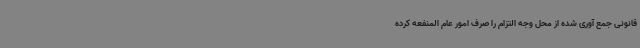
قانونی جمع آوری شده از محل وجه التزام را صرف امور عام المنفعه کرده